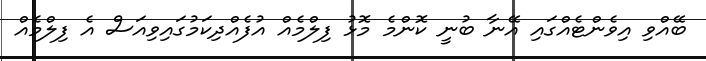
ބޭއްވި އިވެންޓެއްގައި އޭނާ ބުނީ ކޮންމެ މޮޅު ފިލްމެއް އުފެއްދިކަމުގައިވިއަސް އެ ފިލްމެއް